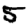
Digit: 5